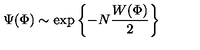
\Psi ( \Phi ) \sim \exp \left\{ - N \frac { W ( \Phi ) } { 2 } \right\}